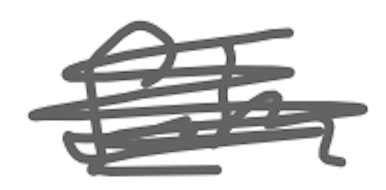
Text: film
Cross-out: scratch
Writing tool: digital_gray